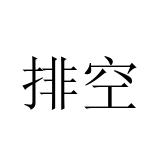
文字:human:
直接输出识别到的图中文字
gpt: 排空